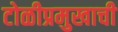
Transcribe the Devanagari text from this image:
टोळीप्रमुखाची